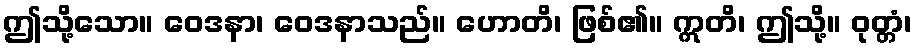
ဤသို့သော။ ဝေဒနာ၊ ဝေဒနာသည်။ ဟောတိ၊ ဖြစ်၏။ ဣတိ၊ ဤသို့။ ဝုတ္တံ၊